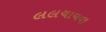
લલચાવવા